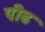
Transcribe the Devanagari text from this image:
पीढ